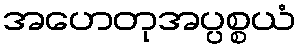
အဟေတုအပ္ပစ္စယံ